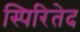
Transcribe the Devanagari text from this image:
स्पिरितेद